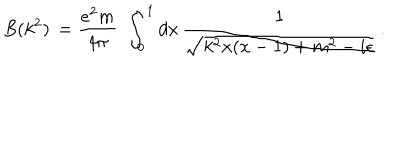
B ( k ^ { 2 } ) \, = \frac { e ^ { 2 } m } { 4 \pi } \, \, \int _ { 0 } ^ { 1 } d x \, \frac { 1 } { \sqrt { k ^ { 2 } x ( x - 1 ) + m ^ { 2 } - i \epsilon } } \, .